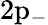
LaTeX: \mathrm{2p_{-}}